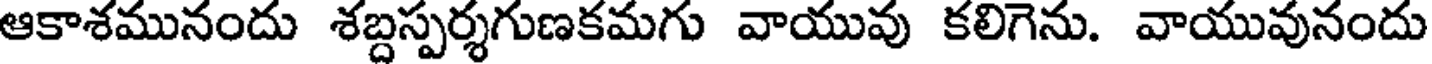
ఆకాశమునందు శబ్దస్పర్శగుణకమగు వాయువు కలిగెను. వాయువునందు